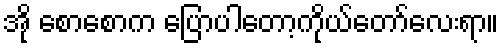
အို စောစောက ပြောပါတော့ကိုယ်တော်လေးရာ။